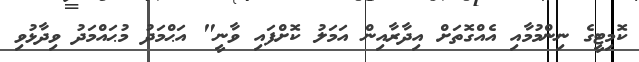
ކޮމިޓީގެ ނިންމުމާއި އެއްގޮތަށް އިދާރާއިން އަމަލު ކޮށްފައި ވާނީ" އަޙްމަދު މުޙައްމަދު ވިދާޅުވި